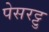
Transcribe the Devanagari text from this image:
पेसरट्टु